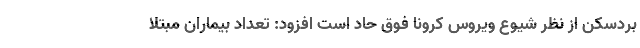
بردسکن از نظر شیوع ویروس کرونا فوق حاد است افزود: تعداد بیماران مبتلا